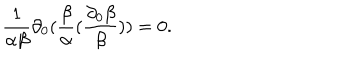
LaTeX: \frac { 1 } { \alpha \beta } \partial _ { 0 } ( \frac { \beta } { \alpha } ( \frac { \partial _ { 0 } \beta } { \beta } ) ) = 0 .